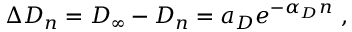
\Delta D _ { n } = D _ { \infty } - D _ { n } = a _ { D } e ^ { - \alpha _ { D } n } \ ,